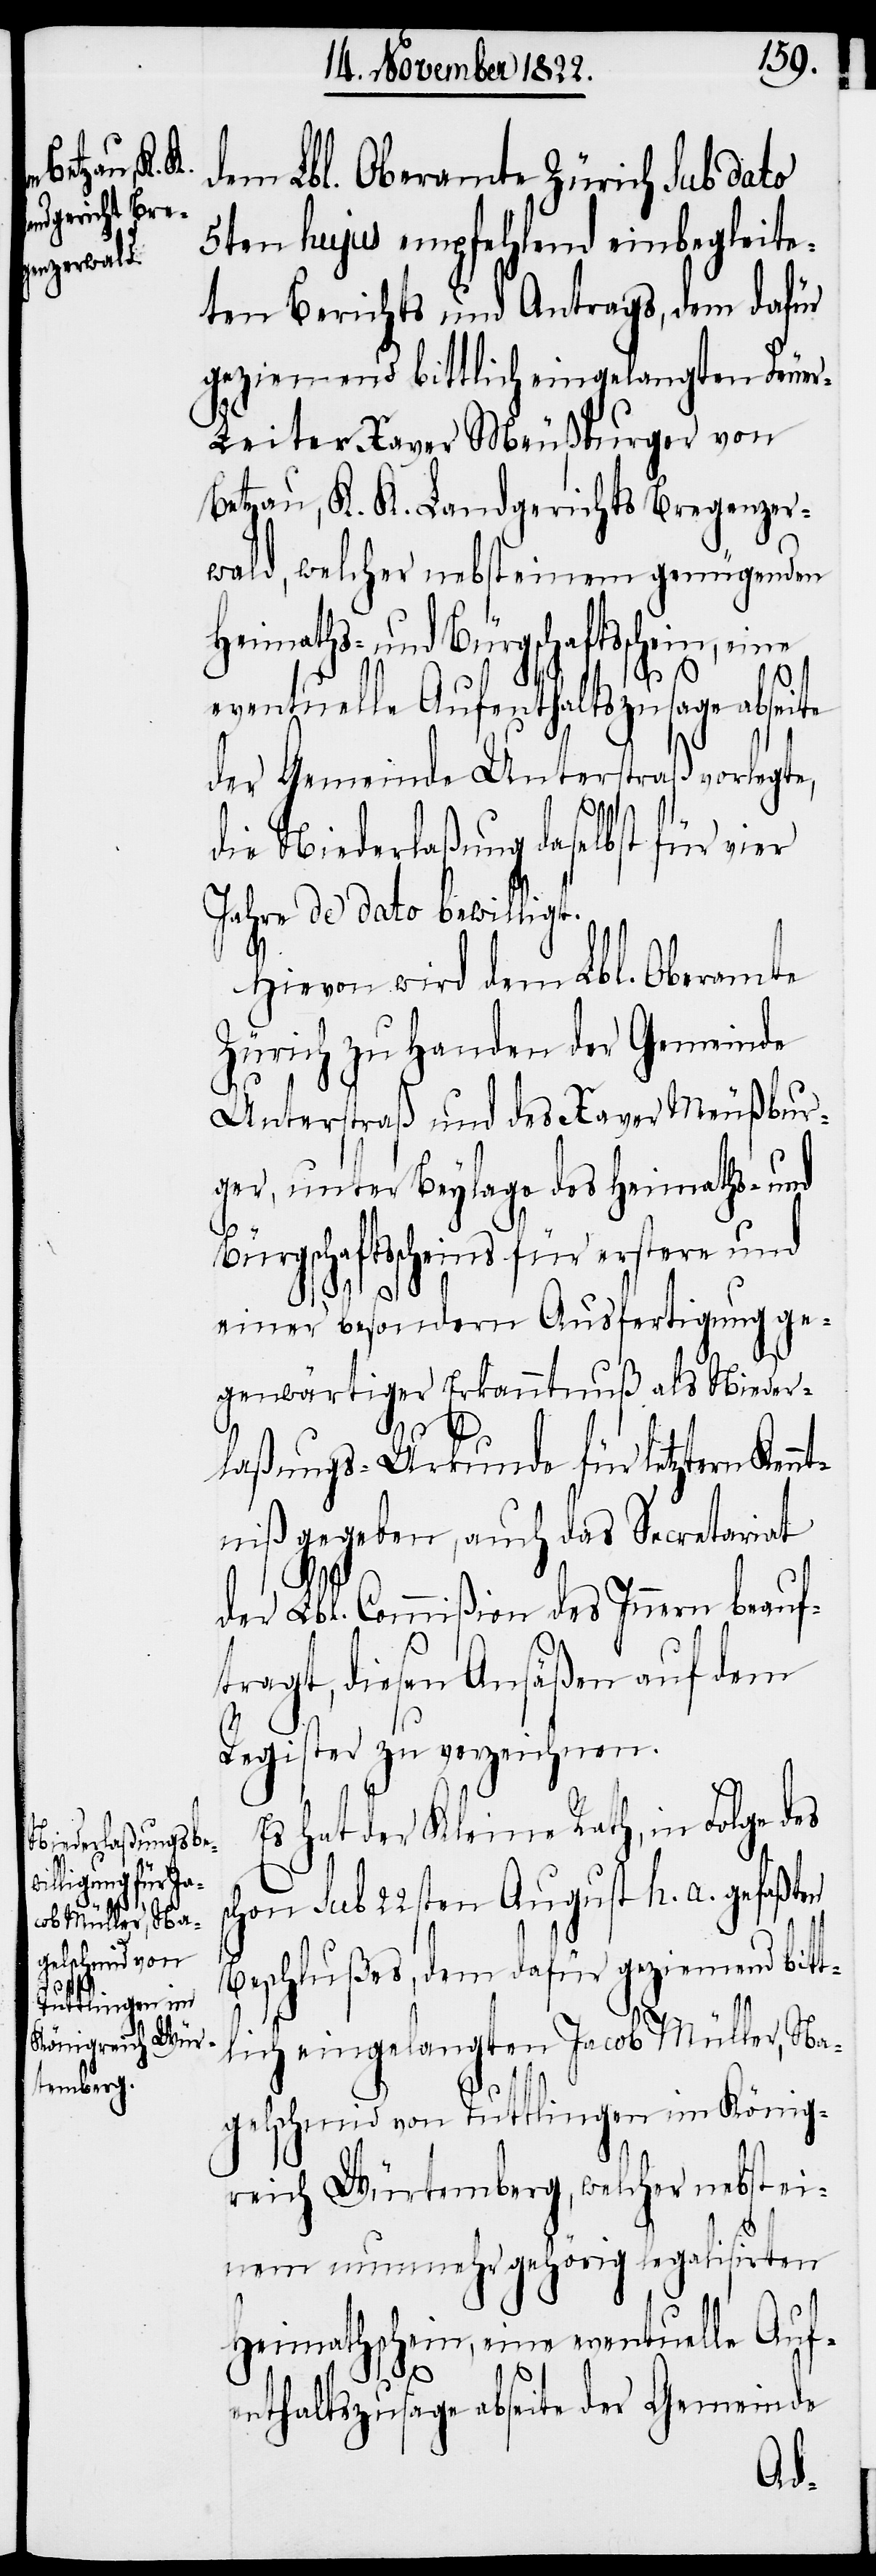
dem Lbl. Oberamte Zürich sub dato
5ten hujus empfehlend einbegleite¬
ten Berichts und Antrags, dem dafür
geziemend bittlich eingelangten Feue¬
r-Leiter Xaver Meußburger von
Betzau, K. K. Landgerichts Bregenzer¬
wald, welcher nebst einem genügenden
Heimaths- und Bürgschaftsschein, eine
eventuelle Aufenthaltszusage abseite
der Gemeinde Unterstraß vorlegte,
die Niederlaßung daselbst für vier
Jahre de dato bewilligt.
Hievon wird dem Lbl. Oberamte
Zürich zu Handen der Gemeinde
Unterstraß und des Xaver Meußbur¬
ger, unter Beylage des Heimaths- und
s¬
Bürgschaftsscheins für erstere und
einer besondern Ausfertigung ge¬
genwärtiger Erkanntnuß als Nieder¬
laßungs-Urkunde für letztern Kenn¬
tniß gegeben, auch das Secretariat
der Lbl. Commißion des Innern beauf¬
tragt, diesen Ansäßen auf dem
Register zu verzeichnen.
Es hat der Kleine Rath, in Folge des
chon sub 22sten August h. a. gefaßten
Beschlußes, dem dafür geziemend bitt¬
lich eingelangten Jacob Müller, Na¬
gelschmid von Tuttlingen im König¬
reich Würtemberg, welcher nebst ei¬
nem nunmehr gehörig legalisirten
Heimathschein, eine evenutelle Auf¬
enthaltszusage abseite der Gemeinde